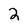
Character: 2